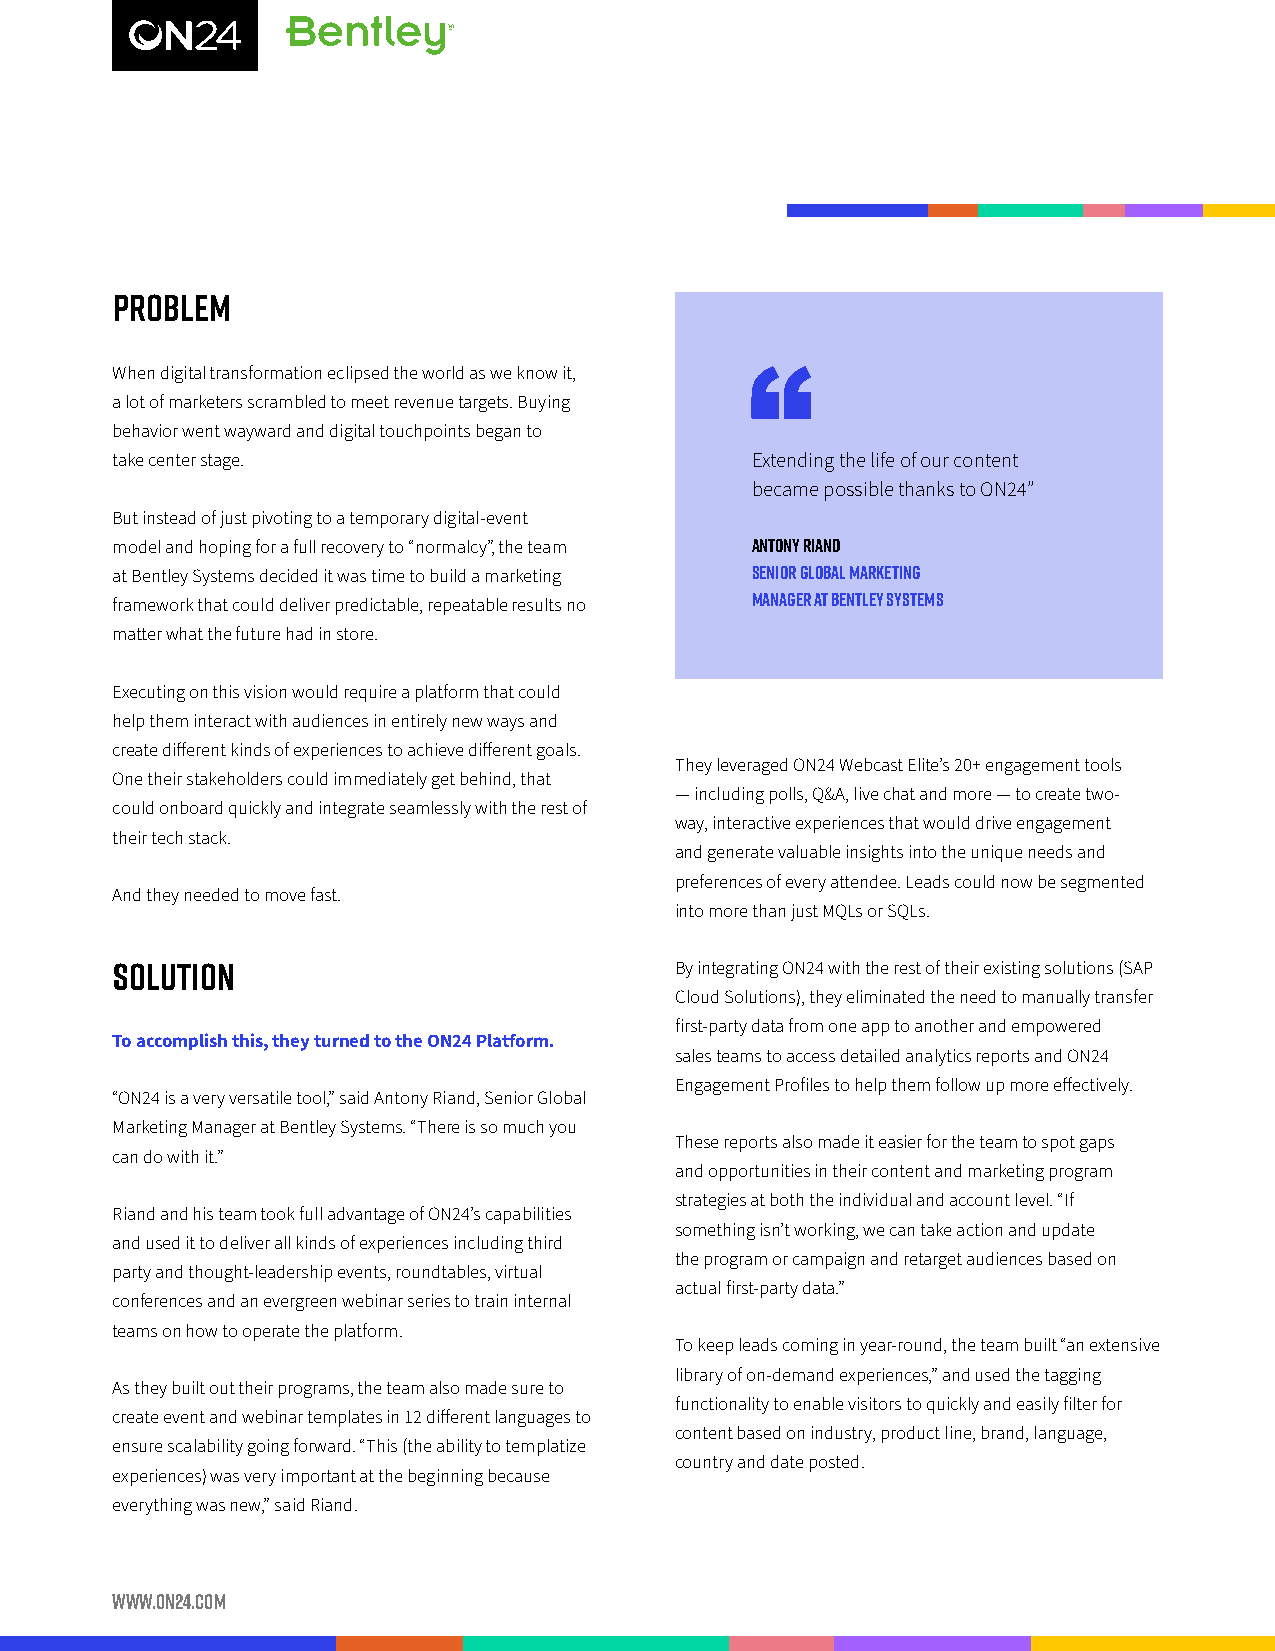
PROBLEM
 When digital transformation eclipsed the world as we know it,
 a lot of marketers scrambled to meet revenue targets. Buying
 behavior went wayward and digital touchpoints began to
 take center stage.                         Extending the life of our content
 became possible thanks to ON24”
 But instead of just pivoting to a temporary digital-event
 model and hoping for a full recovery to “normalcy”, the team Antony Riand
 at Bentley Systems decided it was time to build a marketing Senior Global Marketing
 framework that could deliver predictable, repeatable results no Manager at Bentley Systems
 matter what the future had in store.
 Executing on this vision would require a platform that could
 help them interact with audiences in entirely new ways and
 create different kinds of experiences to achieve different goals.
 They leveraged ON24 Webcast Elite’s 20+ engagement tools
 One their stakeholders could immediately get behind, that
 — including polls, Q&A, live chat and more — to create two-
 could onboard quickly and integrate seamlessly with the rest of
 way, interactive experiences that would drive engagement
 their tech stack.
 and generate valuable insights into the unique needs and
 preferences of every attendee. Leads could now be segmented
 And they needed to move fast.
 into more than just MQLs or SQLs.
 SOLUTION                              By integrating ON24 with the rest of their existing solutions (SAP
 Cloud Solutions), they eliminated the need to manually transfer
 first-party data from one app to another and empowered
 To accomplish this, they turned to the ON24 Platform.
 sales teams to access detailed analytics reports and ON24
 Engagement Profiles to help them follow up more effectively.
 “ON24 is a very versatile tool,” said Antony Riand, Senior Global
 Marketing Manager at Bentley Systems. “There is so much you
 These reports also made it easier for the team to spot gaps
 can do with it.”
 and opportunities in their content and marketing program
 strategies at both the individual and account level. “If
 Riand and his team took full advantage of ON24’s capabilities
 something isn’t working, we can take action and update
 and used it to deliver all kinds of experiences including third
 the program or campaign and retarget audiences based on
 party and thought-leadership events, roundtables, virtual
 actual first-party data.”
 conferences and an evergreen webinar series to train internal
 teams on how to operate the platform.
 To keep leads coming in year-round, the team built “an extensive
 library of on-demand experiences,” and used the tagging
 As they built out their programs, the team also made sure to
 functionality to enable visitors to quickly and easily filter for
 create event and webinar templates in 12 different languages to
 content based on industry, product line, brand, language,
 ensure scalability going forward. “This (the ability to templatize
 country and date posted.
 experiences) was very important at the beginning because
 everything was new,” said Riand.
 www.on24.com